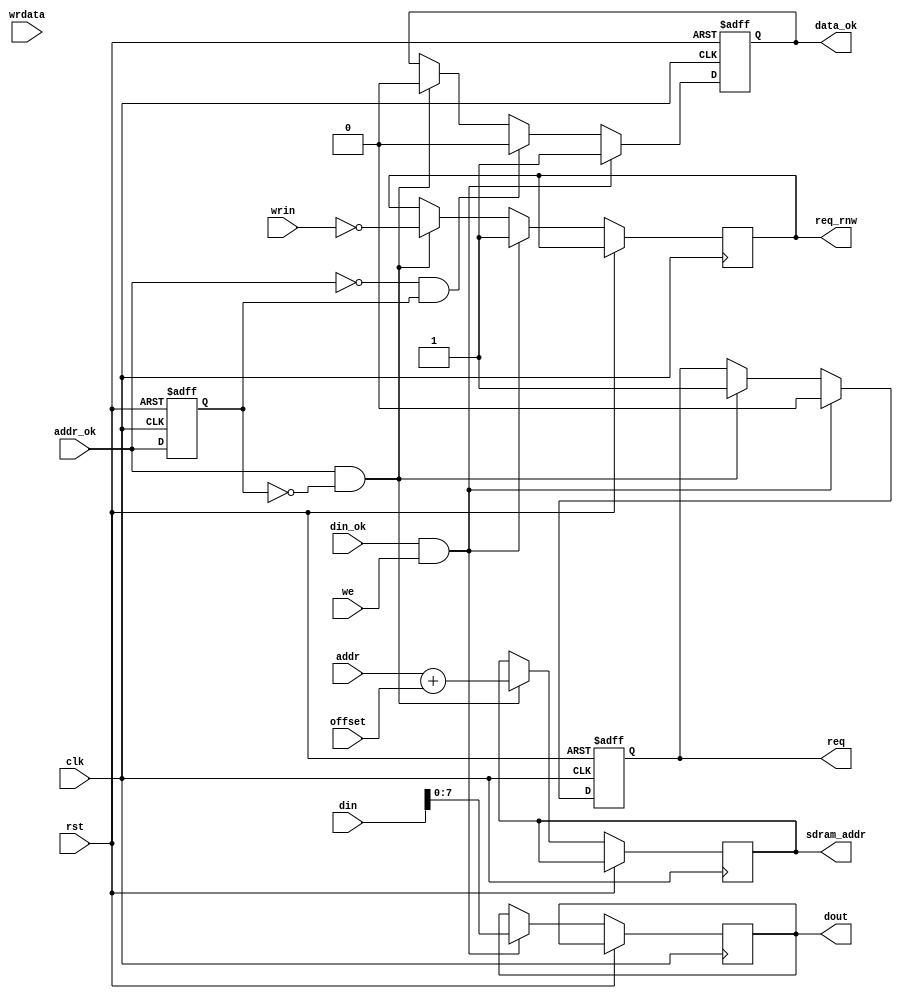
/*
  
   Multicore 2 / Multicore 2+
  
   Copyright (c) 2017-2020 - Victor Trucco

  
   All rights reserved
  
   Redistribution and use in source and synthezised forms, with or without
   modification, are permitted provided that the following conditions are met:
  
   Redistributions of source code must retain the above copyright notice,
   this list of conditions and the following disclaimer.
  
   Redistributions in synthesized form must reproduce the above copyright
   notice, this list of conditions and the following disclaimer in the
   documentation and/or other materials provided with the distribution.
  
   Neither the name of the author nor the names of other contributors may
   be used to endorse or promote products derived from this software without
   specific prior written permission.
  
   THIS CODE IS PROVIDED BY THE COPYRIGHT HOLDERS AND CONTRIBUTORS "AS IS"
   AND ANY EXPRESS OR IMPLIED WARRANTIES, INCLUDING, BUT NOT LIMITED TO,
   THE IMPLIED WARRANTIES OF MERCHANTABILITY AND FITNESS FOR A PARTICULAR
   PURPOSE ARE DISCLAIMED. IN NO EVENT SHALL THE AUTHOR OR CONTRIBUTORS BE
   LIABLE FOR ANY DIRECT, INDIRECT, INCIDENTAL, SPECIAL, EXEMPLARY, OR
   CONSEQUENTIAL DAMAGES (INCLUDING, BUT NOT LIMITED TO, PROCUREMENT OF
   SUBSTITUTE GOODS OR SERVICES; LOSS OF USE, DATA, OR PROFITS; OR BUSINESS
   INTERRUPTION) HOWEVER CAUSED AND ON ANY THEORY OF LIABILITY, WHETHER IN
   CONTRACT, STRICT LIABILITY, OR TORT (INCLUDING NEGLIGENCE OR OTHERWISE)
   ARISING IN ANY WAY OUT OF THE USE OF THIS SOFTWARE, EVEN IF ADVISED OF THE
   POSSIBILITY OF SUCH DAMAGE.
  
   You are responsible for any legal issues arising from your use of this code.
  
*//*  This file is part of JTFRAME.
    JTFRAME program is free software: you can redistribute it and/or modify
    it under the terms of the GNU General Public License as published by
    the Free Software Foundation, either version 3 of the License, or
    (at your option) any later version.

    JTFRAME program is distributed in the hope that it will be useful,
    but WITHOUT ANY WARRANTY; without even the implied warranty of
    MERCHANTABILITY or FITNESS FOR A PARTICULAR PURPOSE.  See the
    GNU General Public License for more details.

    You should have received a copy of the GNU General Public License
    along with JTFRAME.  If not, see <http://www.gnu.org/licenses/>.

    Author: Jose Tejada Gomez. Twitter: @topapate
    Version: 1.0
    Date: 28-2-2019 */

`timescale 1ns/1ps

////////////////////////////////////////////////////////////
/////// read/write type
/////// simple pass through
/////// It requires addr_ok signal to toggle for each request

module jtframe_ram_rq #(parameter AW=18, DW=8 )(
    input               rst,
    input               clk,
    input [AW-1:0]      addr,
    input [  21:0]      offset,     // It is not supposed to change during game play
    input               addr_ok,    // signals that value in addr is valid
    input [31:0]        din,        // data read from SDRAM
    input               din_ok,
    input               wrin,   
    input               we,
    output reg          req,
    output reg          req_rnw,
    output reg          data_ok,    // strobe that signals that data is ready
    output reg [21:0]   sdram_addr,
    input [DW-1:0]      wrdata,
    output reg [DW-1:0] dout        // sends SDRAM data back to requester
);

    wire  [21:0] size_ext   = { {22-AW{1'b0}}, addr };

    reg    last_cs;
    wire   cs_posedge = addr_ok && !last_cs;
    wire   cs_negedge = !addr_ok && last_cs;

    always @(posedge clk, posedge rst) begin
        if( rst ) begin
            last_cs <= 1'b0;
            req     <= 1'b0;
            data_ok <= 1'b0;
        end else begin
            last_cs <= addr_ok;
            if( cs_posedge ) begin
                req        <= 1'b1;
                req_rnw    <= ~wrin; 
                data_ok    <= 1'b0;
                sdram_addr <= size_ext + offset;
            end
            if( cs_negedge ) data_ok <= 1'b0;
            if( din_ok && we ) begin
                req     <= 1'b0;
                req_rnw <= 1'b1;
                data_ok <= 1'b1;
                dout    <= din;
            end
        end
    end

endmodule